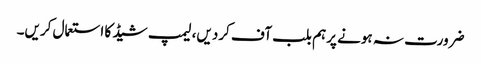
ضرورت نہ ہونے پرہم بلب آف کردیں، لیمپ شیڈ کا استعمال کریں۔